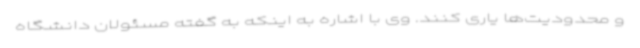
و محدودیت‌ها یاری کنند. وی با اشاره به اینکه به گفته مسئولان دانشگاه